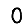
Digit: 0